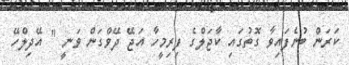
ކަރަން ބުނެފައިވާ ގޮތުގައި ކާޖަލްގެ ފިރިމީހާ އަޖޭ ދޭވްގަން ވަނީ " އޭދިލްހޭ